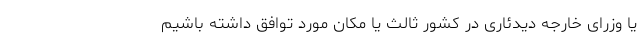
یا وزرای خارجه دیدئاری در کشور ثالث یا مکان مورد توافق داشته باشیم